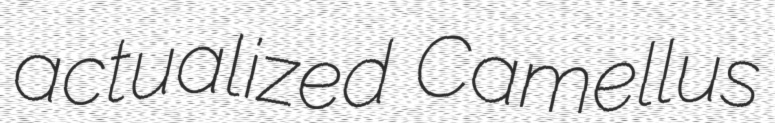
actualized Camellus